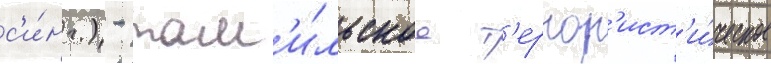
с'и́нг.) - там'и́льское т'еррор'ист'и́ческое